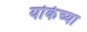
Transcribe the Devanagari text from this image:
योर्कच्या